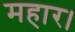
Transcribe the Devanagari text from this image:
महार।